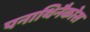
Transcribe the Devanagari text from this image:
पनाथिनैकोस